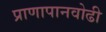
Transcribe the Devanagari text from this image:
प्राणापानवोढी